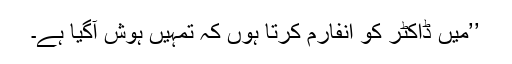
’’میں ڈاکٹر کو انفارم کرتا ہوں کہ تمہیں ہوش آگیا ہے۔